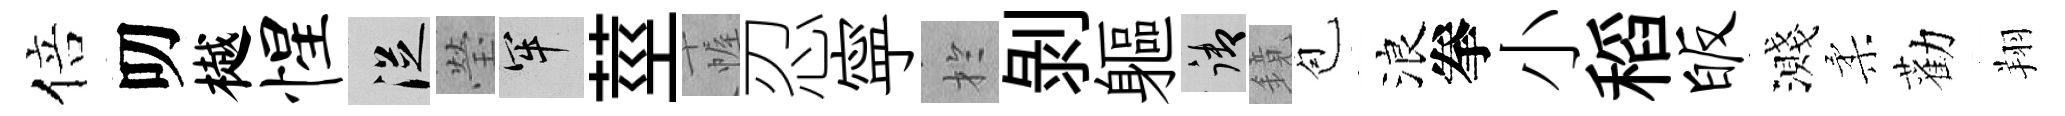
倍叨樾惺從瑩牢莖幄忍寜扵剥軀御鏡苞浪拳小稻皈濺柔勸翔